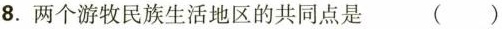
8. 两个游牧民族生活地区的共同点是 ( )